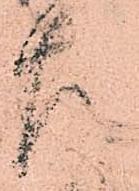
左